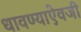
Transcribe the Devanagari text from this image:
धावण्याऐवजी